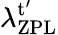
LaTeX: {\lambda_{\mathrm{ZPL}}^{\mathrm{t}^{\prime}}}